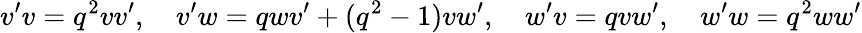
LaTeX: v^{\prime}v=q^{2}vv^{\prime},\quad v^{\prime}w=qwv^{\prime}+(q^{2}-1)vw^{\prime},\quad w^{\prime}v=qvw^{\prime},\quad w^{\prime}w=q^{2}ww^{\prime}